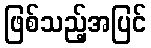
ဖြစ်သည့်အပြင်